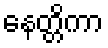
နေတ္တိကာ